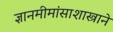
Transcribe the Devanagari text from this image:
ज्ञानमीमांसाशास्त्राने